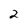
Character: 2